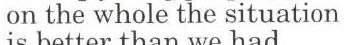
on the whole the situation